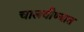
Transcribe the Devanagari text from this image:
चालवीण्यात